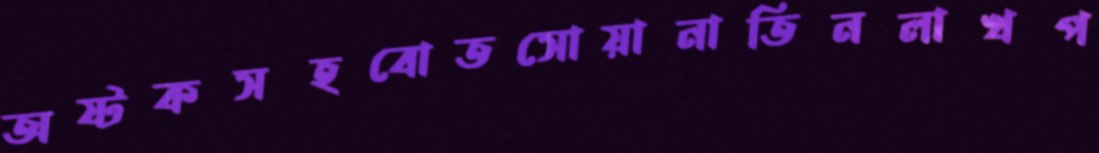
অষ্টকসহবোতসোয়ানাতিনলাখপ